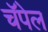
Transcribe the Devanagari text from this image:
चॅपेल